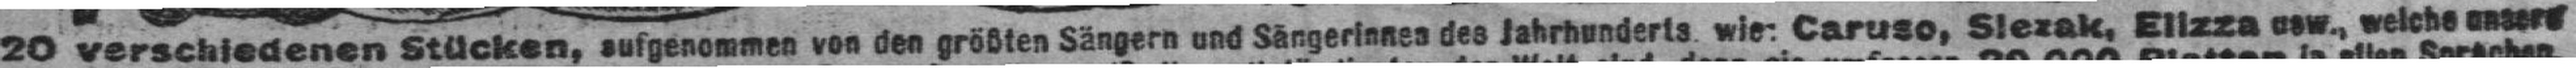
20 verschiedenen Stücken, aufgenommen von den größten Sängern und Sängerinnen des Jahrhunderts. wie: Caruso, Slerak, Elizza usw., welche unsere